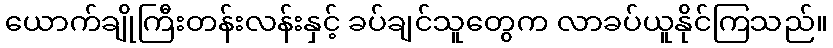
ယောက်ချိုကြီးတန်းလန်းနှင့် ခပ်ချင်သူတွေက လာခပ်ယူနိုင်ကြသည်။